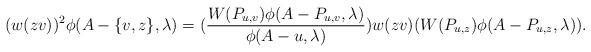
LaTeX: \begin{align*}(w(zv))^{2}\phi(A-\{v,z\},\lambda)=(\frac{W(P_{u,v})\phi(A-P_{u,v},\lambda)}{\phi(A-u,\lambda)})w(zv)(W(P_{u,z})\phi(A-P_{u,z},\lambda)).\end{align*}